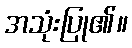
အသုံးပြု၏။